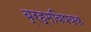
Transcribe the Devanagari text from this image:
ब्रह्मविषयक